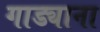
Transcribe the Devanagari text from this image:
गाड्याना